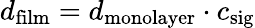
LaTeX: d_{\mathrm{film}}=d_{\mathrm{monolayer}}\cdot c_{\mathrm{sig}}